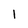
Character: l